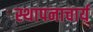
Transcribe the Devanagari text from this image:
स्थापनाचार्य